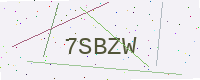
Text: 7SBZW